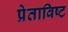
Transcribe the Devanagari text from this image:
प्रेताविष्ट